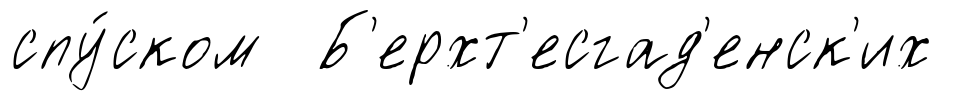
спу́ском Б'ерхт'есгад'енск'их